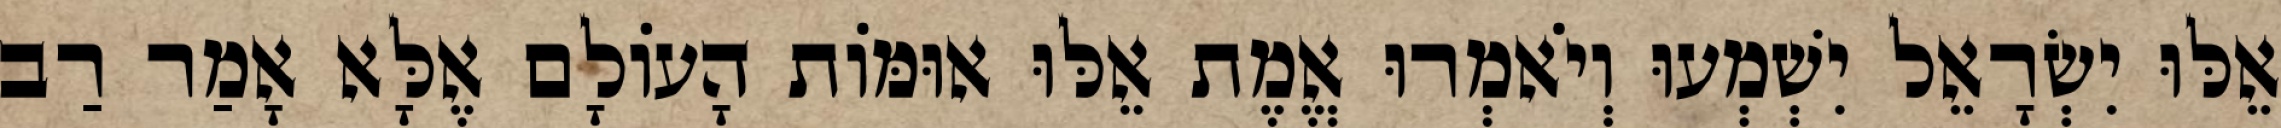
אֵלּוּ יִשְׂרָאֵל יִשְׁמְעוּ וְיֹאמְרוּ אֱמֶת אֵלּוּ אוּמּוֹת הָעוֹלָם אֶלָּא אָמַר רַב